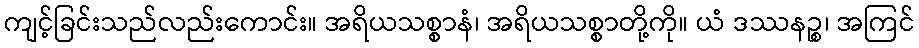
ကျင့်ခြင်းသည်လည်းကောင်း။ အရိယသစ္စာနံ၊ အရိယသစ္စာတို့ကို။ ယံ ဒဿနဉ္စ၊ အကြင်